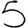
Digit: 5